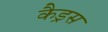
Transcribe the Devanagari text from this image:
कैड्रस